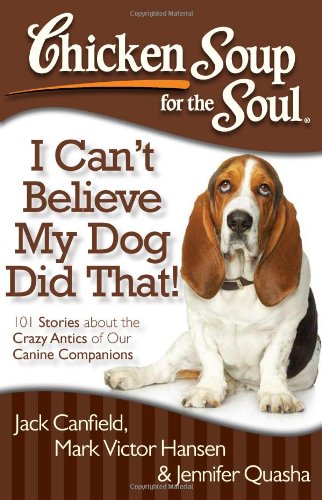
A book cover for Chicken Soup for the Soul: I Can't Believe My Dog Did That!: 101 Stories about the Crazy Antics of Our Canine Companions; Jack Canfield; Crafts, Hobbies & Home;